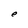
Character: e